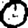
Digit: 0